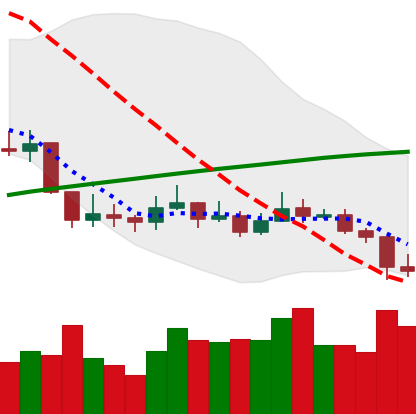
Ticker: LINK-USD
Chart end date: 2019-09-14
Forward return: 19.856%
Label: up_7plus